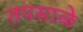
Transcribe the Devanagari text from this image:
तपसाळे